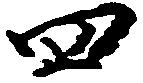
四